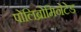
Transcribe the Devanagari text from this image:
पोलिब्रोमिनेटेड